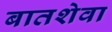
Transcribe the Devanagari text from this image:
बातशेवा